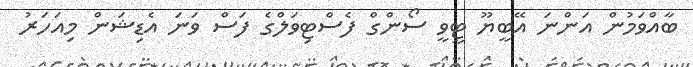
ބާއްވަމުން އަންނަ އޭބީޔޫ ޓީވީ ސޯންގް ފެސްޓިވަލްގެ ފަސް ވަނަ އެޑިޝަން މިއަހަރު